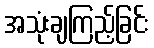
အသုံးချကြည့်ခြင်း